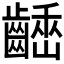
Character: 𪙒